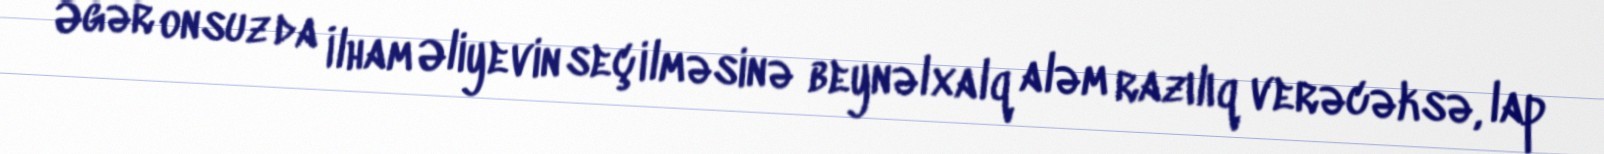
Əgər onsuz da İlham Əliyevin seçilməsinə beynəlxalq aləm razılıq verəcəksə, lap